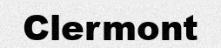
Clermont